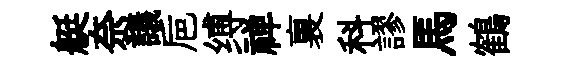
艇奈議巵缚禅裏科謬馬鶴